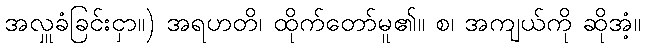
အလှူခံခြင်းငှာ။) အရဟတိ၊ ထိုက်တော်မူ၏။ စ၊ အကျယ်ကို ဆိုအံ့။